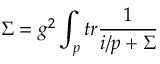
\Sigma = g ^ { 2 } \int _ { p } t r \frac { 1 } { i \slash p + \Sigma }